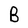
Character: B